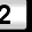
Digit: 2